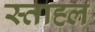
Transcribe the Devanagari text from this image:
स्ताह्ल